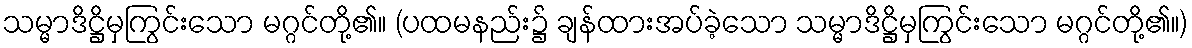
သမ္မာဒိဋ္ဌိမှကြွင်းသော မဂ္ဂင်တို့၏။ (ပထမနည်း၌ ချန်ထားအပ်ခဲ့သော သမ္မာဒိဋ္ဌိမှကြွင်းသော မဂ္ဂင်တို့၏။)